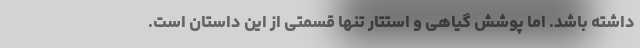
داشته باشد. اما پوشش گیاهی و استتار تنها قسمتی از این داستان است.